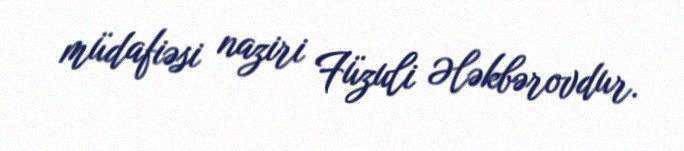
müdafiəsi naziri Füzuli Ələkbərovdur.